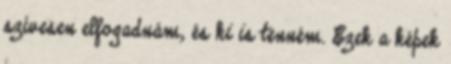
szívesen elfogadnám, és ki is tenném. Ezek a képek